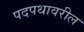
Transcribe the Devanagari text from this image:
पदपथावरील